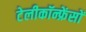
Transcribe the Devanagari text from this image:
टेलीकॉन्फ्रेंसों